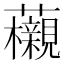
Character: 𧅜